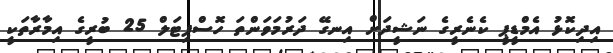
އިދިކޮޅު އެމްޑީޕީ ކެނެރީގެ ނަޝީދަށް އިނގޭ ދަރުމަވަންތަ ހޮސްޕިޓަލް 25 ބުރީގެ އިމާރާތަކީ